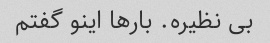
بی نظیره. بارها اینو گفتم